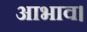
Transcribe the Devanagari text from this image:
आभाव।